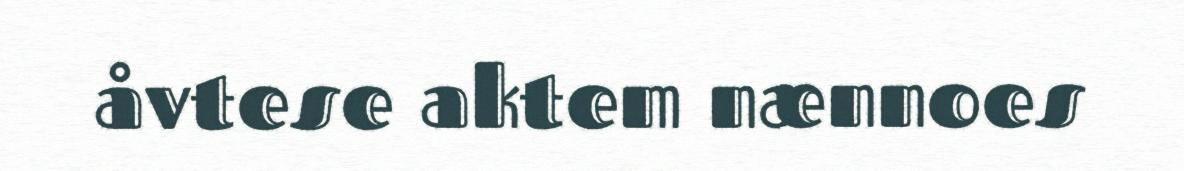
åvtese aktem nænnoes